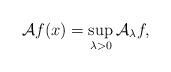
LaTeX: \begin{align*}\mathcal A f (x) = \sup _{\lambda >0} \mathcal A _{\lambda } f , \end{align*}